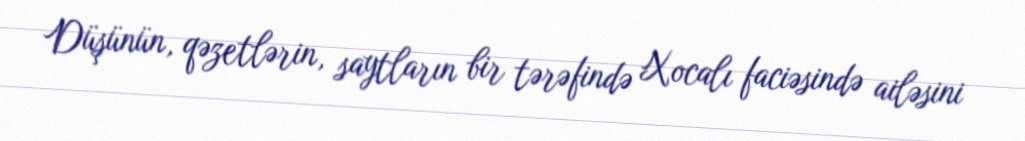
Düşünün, qəzetlərin, saytların bir tərəfində Xocalı faciəsində ailəsini